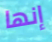
إنها